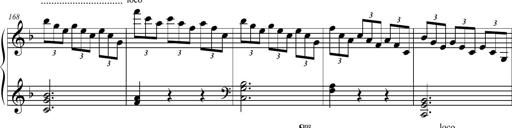
Title: 2 Sonatines faciles et brillantes pour le piano-forte seul
Composer: Carl Czerny